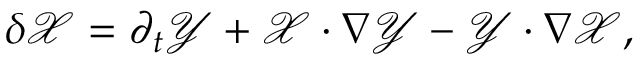
\begin{array} { r } { \delta \mathcal { X } = \partial _ { t } \mathcal { Y } + \mathcal { X } \cdot \nabla \mathcal { Y } - \mathcal { Y } \cdot \nabla \mathcal { X } , } \end{array}